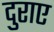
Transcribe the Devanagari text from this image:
दुराए